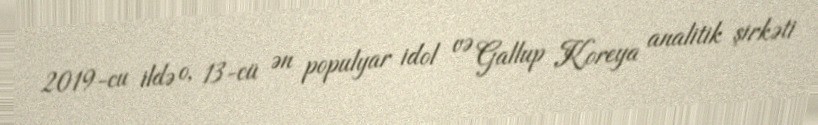
2019-cu ildə o, 13-cü ən populyar idol və Gallup Koreya analitik şirkəti